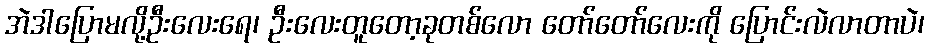
အဲဒါပြောမလို့ဦးလေးရေ၊ ဦးလေးတူတော့ခုတစ်လော တော်တော်လေးကို ပြောင်းလဲလာတာပဲ၊